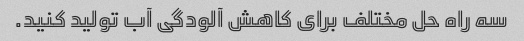
سه راه حل مختلف برای کاهش آلودگی آب تولید کنید.